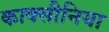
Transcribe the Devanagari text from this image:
काक्सीनिया